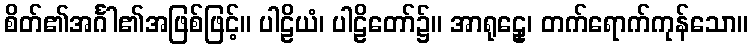
စိတ်၏အင်္ဂါ၏အဖြစ်ဖြင့်။ ပါဠိယံ၊ ပါဠိတော်၌။ အာရုဠှေ၊ တက်ရောက်ကုန်သော။